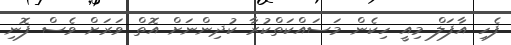
ފެހި އާފަލް މިއީ ހިކެން މަސައްކަތްކުރާ ކުދިންނަށް އޮތް ވަރަށް ވެސް ފޮނި